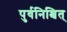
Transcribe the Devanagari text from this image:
पुर्वनिश्चित्